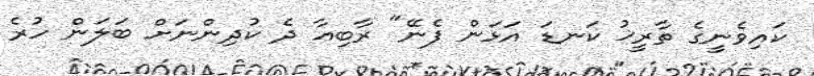
ކައިވެނީގެ ތާރީޚު ކަނޑަ އަޅަން ފެނޭ" ރާބިއާ ދެ ކުދިންނަށް ބަލަން ހުރެ